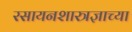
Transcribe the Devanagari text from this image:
रसायनशास्त्रज्ञाच्या